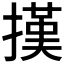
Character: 𢴁